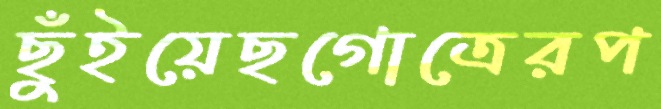
ছুঁইয়েছগোত্রেরপ